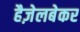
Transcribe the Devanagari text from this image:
हैज़ेलबेकर